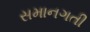
સમાનગતી